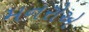
મનરોએ